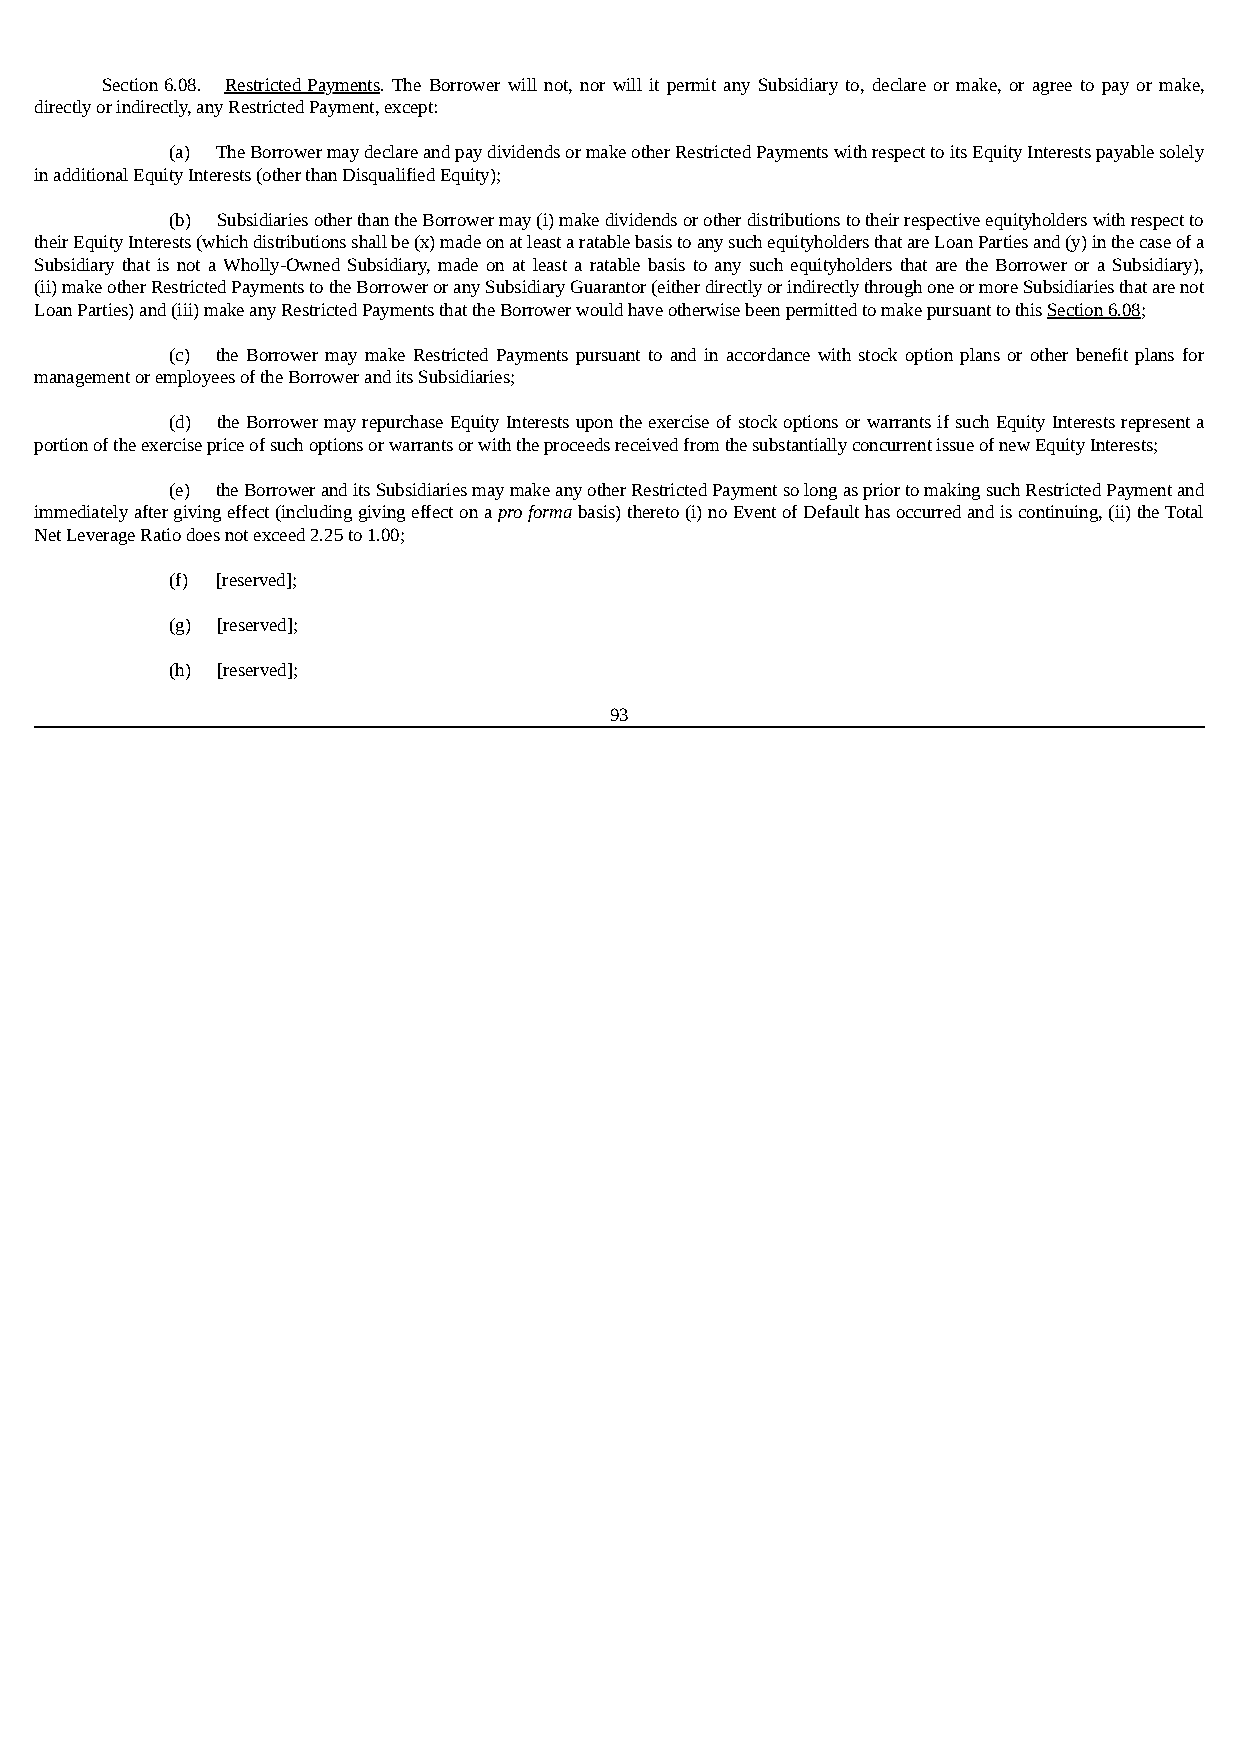
Section 6.08. Restricted Payments. The Borrower will not, nor will it permit any Subsidiary to, declare or make, or agree to pay or make,
 directly or indirectly, any Restricted Payment, except:
 (a) The Borrower may declare and pay dividends or make other Restricted Payments with respect to its Equity Interests payable solely
 in additional Equity Interests (other than Disqualified Equity);
 (b) Subsidiaries other than the Borrower may (i) make dividends or other distributions to their respective equityholders with respect to
 their Equity Interests (which distributions shall be (x) made on at least a ratable basis to any such equityholders that are Loan Parties and (y) in the case of a
 Subsidiary that is not a Wholly-Owned Subsidiary, made on at least a ratable basis to any such equityholders that are the Borrower or a Subsidiary),
 (ii) make other Restricted Payments to the Borrower or any Subsidiary Guarantor (either directly or indirectly through one or more Subsidiaries that are not
 Loan Parties) and (iii) make any Restricted Payments that the Borrower would have otherwise been permitted to make pursuant to this Section 6.08;
 (c) the Borrower may make Restricted Payments pursuant to and in accordance with stock option plans or other benefit plans for
 management or employees of the Borrower and its Subsidiaries;
 (d) the Borrower may repurchase Equity Interests upon the exercise of stock options or warrants if such Equity Interests represent a
 portion of the exercise price of such options or warrants or with the proceeds received from the substantially concurrent issue of new Equity Interests;
 (e) the Borrower and its Subsidiaries may make any other Restricted Payment so long as prior to making such Restricted Payment and
 immediately after giving effect (including giving effect on a pro forma basis) thereto (i) no Event of Default has occurred and is continuing, (ii) the Total
 Net Leverage Ratio does not exceed 2.25 to 1.00;
 (f) [reserved];
 (g) [reserved];
 (h) [reserved];
 93